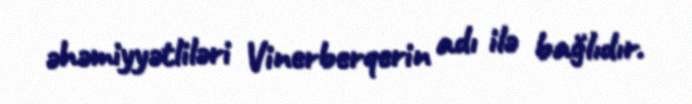
əhəmiyyətliləri Vinerberqerin adı ilə bağlıdır.